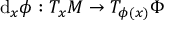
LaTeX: \mathrm { d } _ { x } \phi : T _ { x } M \to T _ { \phi ( x ) } \Phi \quad